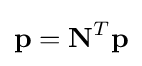
\mathbf {p} =\mathbf {N} ^{T}\mathbf {p}